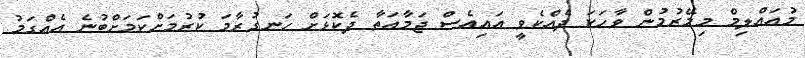
މުއައްލިމް މިމޭރުމުން ވާހަކަ ދެއްކެވީ އައިއެސް ޖަމާއަތާ ދެކޮޅަށް ހަނގުރާމަ ކުރުމަށްކަމަށްބުނެ އެއްގަމު